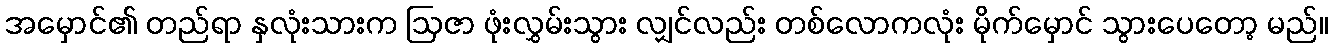
အမှောင်၏ တည်ရာ နှလုံးသားက ဩဇာ ဖုံးလွှမ်းသွား လျှင်လည်း တစ်လောကလုံး မိုက်မှောင် သွားပေတော့ မည်။